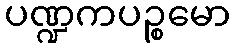
ပဏ္ဍကပဉ္စမော